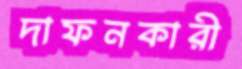
দাফনকারী